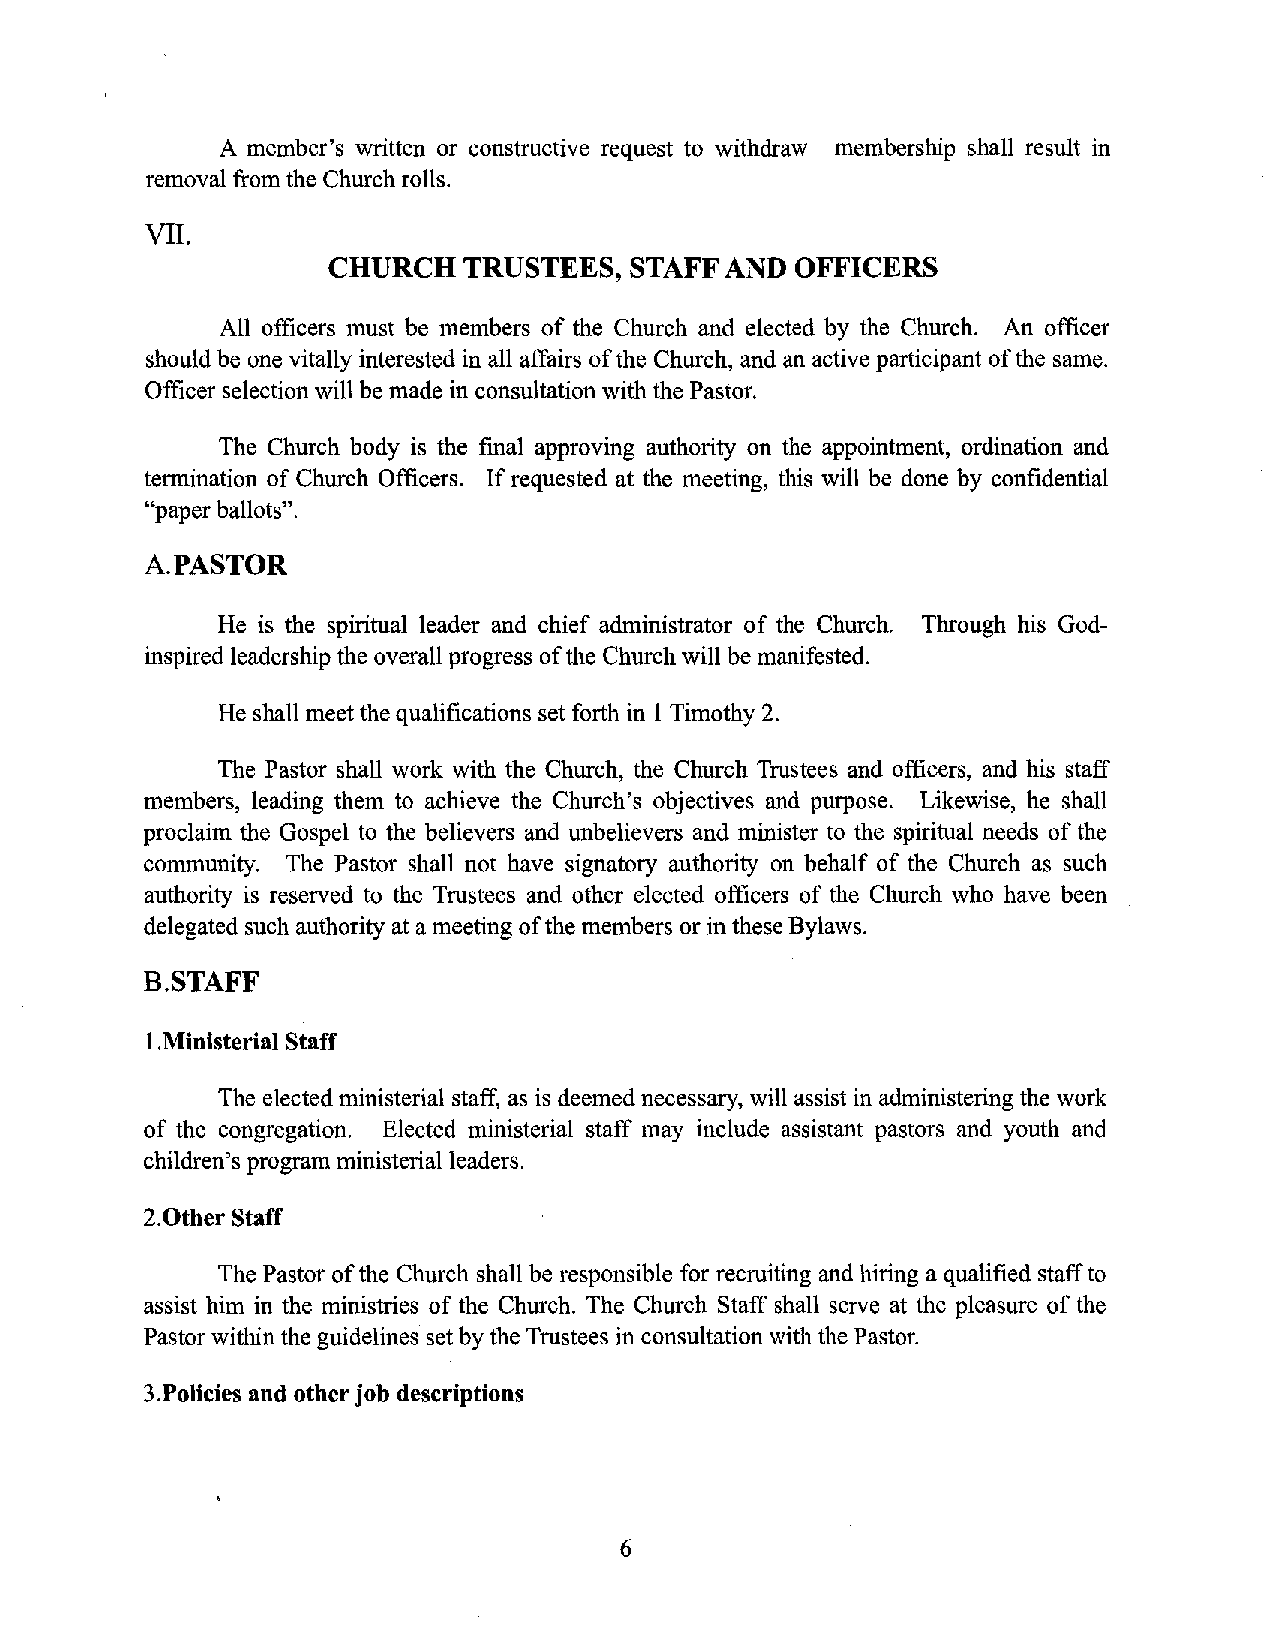
A member's written or constructive request to withdraw membership shall result in
 removal from the Church rolls.
 VII.
 CHURCH   TRUSTEES,  STAFF AND OFFICERS
 All officers must be members of tbe Church and elected by the Church. An officer
 should be one vitally interested in all affairs of the Church, and an active participant of the same.
 Officer selection will be made in consultation with the Pastor.
 The Church body is the final approving authority on the appointment, ordination and
 termination of Church Officers. If requested at tbe meeting, this will be done by confidential
 "paper ballots".
 A.PASTOR
 He is the spiritual leader and chief administrator of the Church. Through his God
 inspired leadership the overall progress of the Church will be manifested.
 He shall meet the qualifications set forth in 1 Timothy 2.
 The Pastor shall work with the Church, tbe Church Trustees and officers, and his staff
 members, leading them to achieve the Church's objectives and purpose. Likewise, he shall
 proclaim the Gospel to the believers and unbelievers and minister to tbe spiritual needs of the
 community. The Pastor shall not have signatory authority on behalf of the Church as such
 authority is reserved to the Trustees and other elected officers of the Church who have been
 delegated such authority at a meeting of the members or in these Bylaws.
 B.STAFF
 I .Ministerial Staff
 The elected ministerial staff, as is deemed necessary, will assist in administering the work
 of the congregation. Elected ministerial staff may include assistant pastors and youth and
 children's program ministerial leaders.
 2.0ther Staff
 The Pastor of the Church shall be responsible for recruiting and hiring a qualified staff to
 assist him in the ministries of the Church. The Church Staff shall serve at the pleasure of the
 Pastor within the guidelines set by the Trustees in consultation with the Pastor.
 3.Policies and other job descriptions
 6